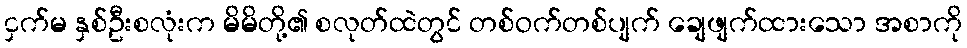
ငှက်မ နှစ်ဦးစလုံးက မိမိတို့၏ စလုတ်ထဲတွင် တစ်ဝက်တစ်ပျက် ချေဖျက်ထားသော အစာကို